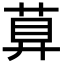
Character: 萛